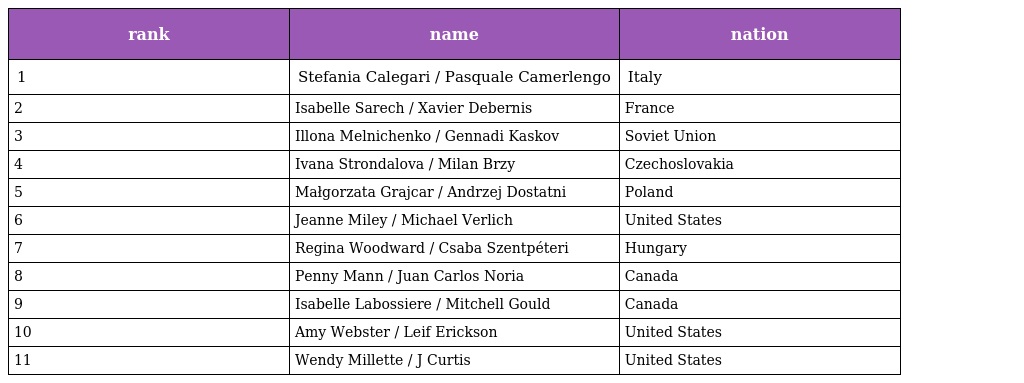
| rank | name | nation |
 | --- | --- | --- |
 | 1 | Stefania Calegari / Pasquale Camerlengo | Italy |
 | 2 | Isabelle Sarech / Xavier Debernis | France |
 | 3 | Illona Melnichenko / Gennadi Kaskov | Soviet Union |
 | 4 | Ivana Strondalova / Milan Brzy | Czechoslovakia |
 | 5 | Małgorzata Grajcar / Andrzej Dostatni | Poland |
 | 6 | Jeanne Miley / Michael Verlich | United States |
 | 7 | Regina Woodward / Csaba Szentpéteri | Hungary |
 | 8 | Penny Mann / Juan Carlos Noria | Canada |
 | 9 | Isabelle Labossiere / Mitchell Gould | Canada |
 | 10 | Amy Webster / Leif Erickson | United States |
 | 11 | Wendy Millette / J Curtis | United States |